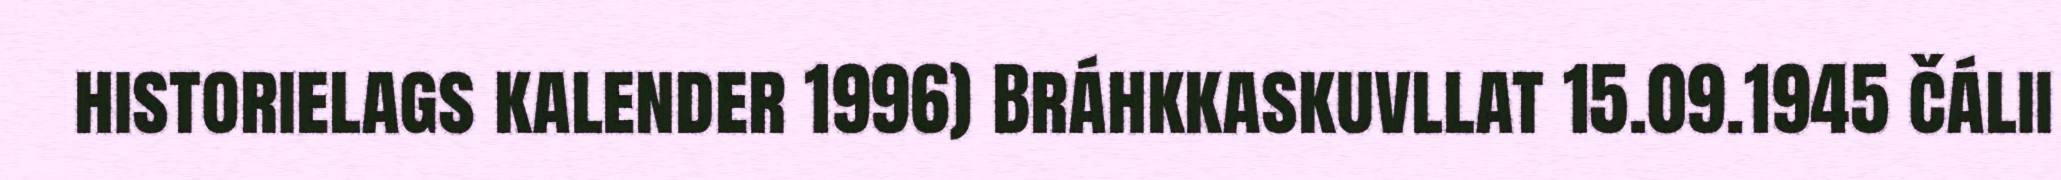
historielags kalender 1996) Bráhkkaskuvllat 15.09.1945 čálii